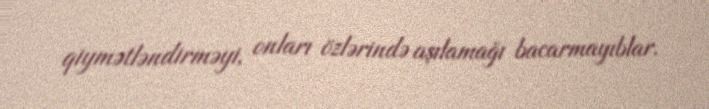
qiymətləndirməyi, onları özlərində aşılamağı bacarmayıblar.